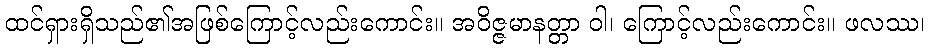
ထင်ရှားရှိသည်၏အဖြစ်ကြောင့်လည်းကောင်း။ အဝိဇ္ဇမာနတ္တာ ဝါ၊ ကြောင့်လည်းကောင်း။ ဖလဿ၊